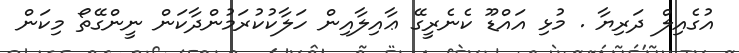
އުގެއިލް ދަރިޔާ . މުޅި އައްޑޫ ކެނެރީގޭ ޢާއިލާއިން ހަލާކުކުރަމުންދާކަން ނީންގޭތޯ މިކަން